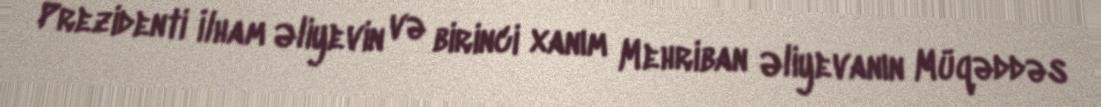
Prezidenti İlham Əliyevin və birinci xanım Mehriban Əliyevanın Müqəddəs